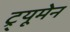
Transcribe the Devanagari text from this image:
ट्र्यूमेन